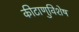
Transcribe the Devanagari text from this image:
कीटाणुविशेष